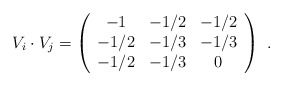
\begin{align*}V_i \cdot V_j=\left( \begin{array}{ccc} -1 & -1/2 & -1/2\\ -1/2 & -1/3 & -1/3\\ -1/2 & -1/3 & 0 \end{array} \right)~.\end{align*}